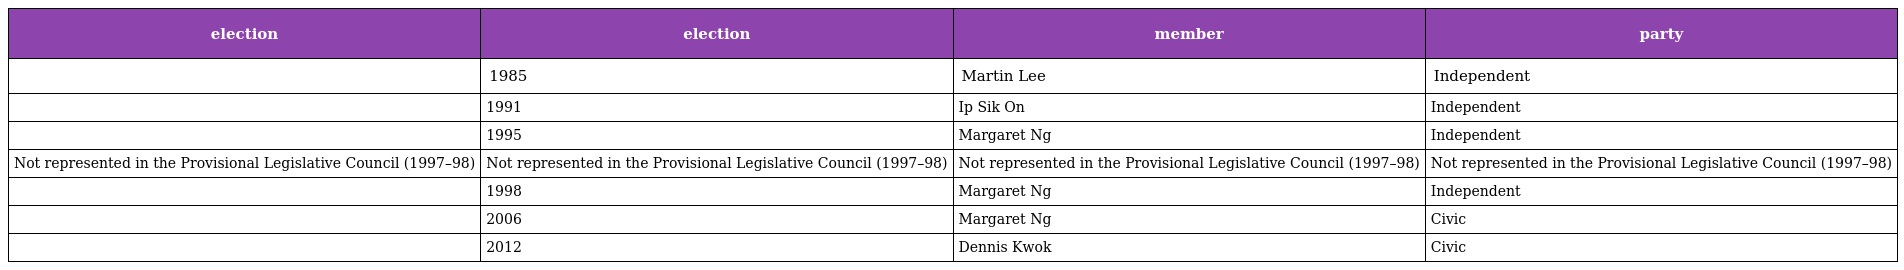
| election | election | member | party |
 | --- | --- | --- | --- |
 |  | 1985 | Martin Lee | Independent |
 |  | 1991 | Ip Sik On | Independent |
 |  | 1995 | Margaret Ng | Independent |
 | Not represented in the Provisional Legislative Council (1997–98) | Not represented in the Provisional Legislative Council (1997–98) | Not represented in the Provisional Legislative Council (1997–98) | Not represented in the Provisional Legislative Council (1997–98) |
 |  | 1998 | Margaret Ng | Independent |
 |  | 2006 | Margaret Ng | Civic |
 |  | 2012 | Dennis Kwok | Civic |